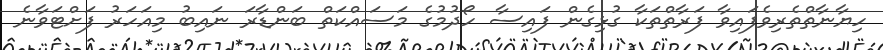
ހިޔާނާތްތެރިވެފައިވާ ފަރާތްތަކާ ގުޅިގެން ފައިސާ ހޯދުމުގެ މަސައްކަތް ބަންޑާރަ ނައިބު މިއަހަރު ފަށްޓަވާނެ